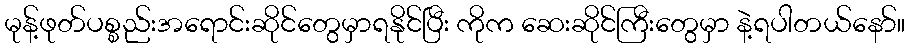
မုန့်ဖုတ်ပစ္စည်းအရောင်းဆိုင်တွေမှာရနိုင်ပြီး ကိုက ဆေးဆိုင်ကြီးတွေမှာ နဲ့ရပါတယ်နော်။